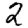
Digit: 2